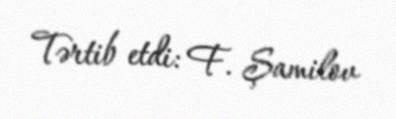
Tərtib etdi: F. Şamilov